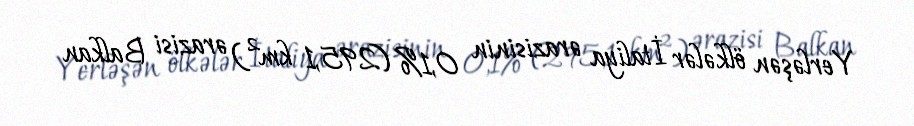
Yerləşən ölkələr İtaliya ərazisinin 0,1% (295,1 km²) ərazisi Balkan